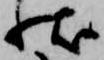
状